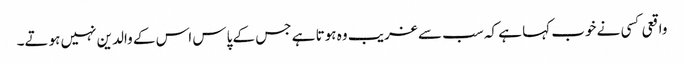
واقعی کسی نے خوب کہا ہے کہ سب سے غریب وہ ہوتا ہے جس کے پاس اس کے والدین نہیں ہوتے۔